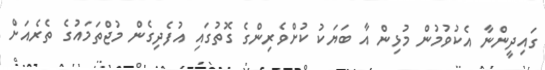
ގައިދީންނާ އެކުވުމުން މުޅިން އާ ބަޔަކު ކުށްވެރިންގެ ގޮތުގައި އުފެދިގެން މުޖްތަމައުގެ ތެރެއަށް